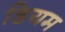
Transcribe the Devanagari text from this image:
डियम